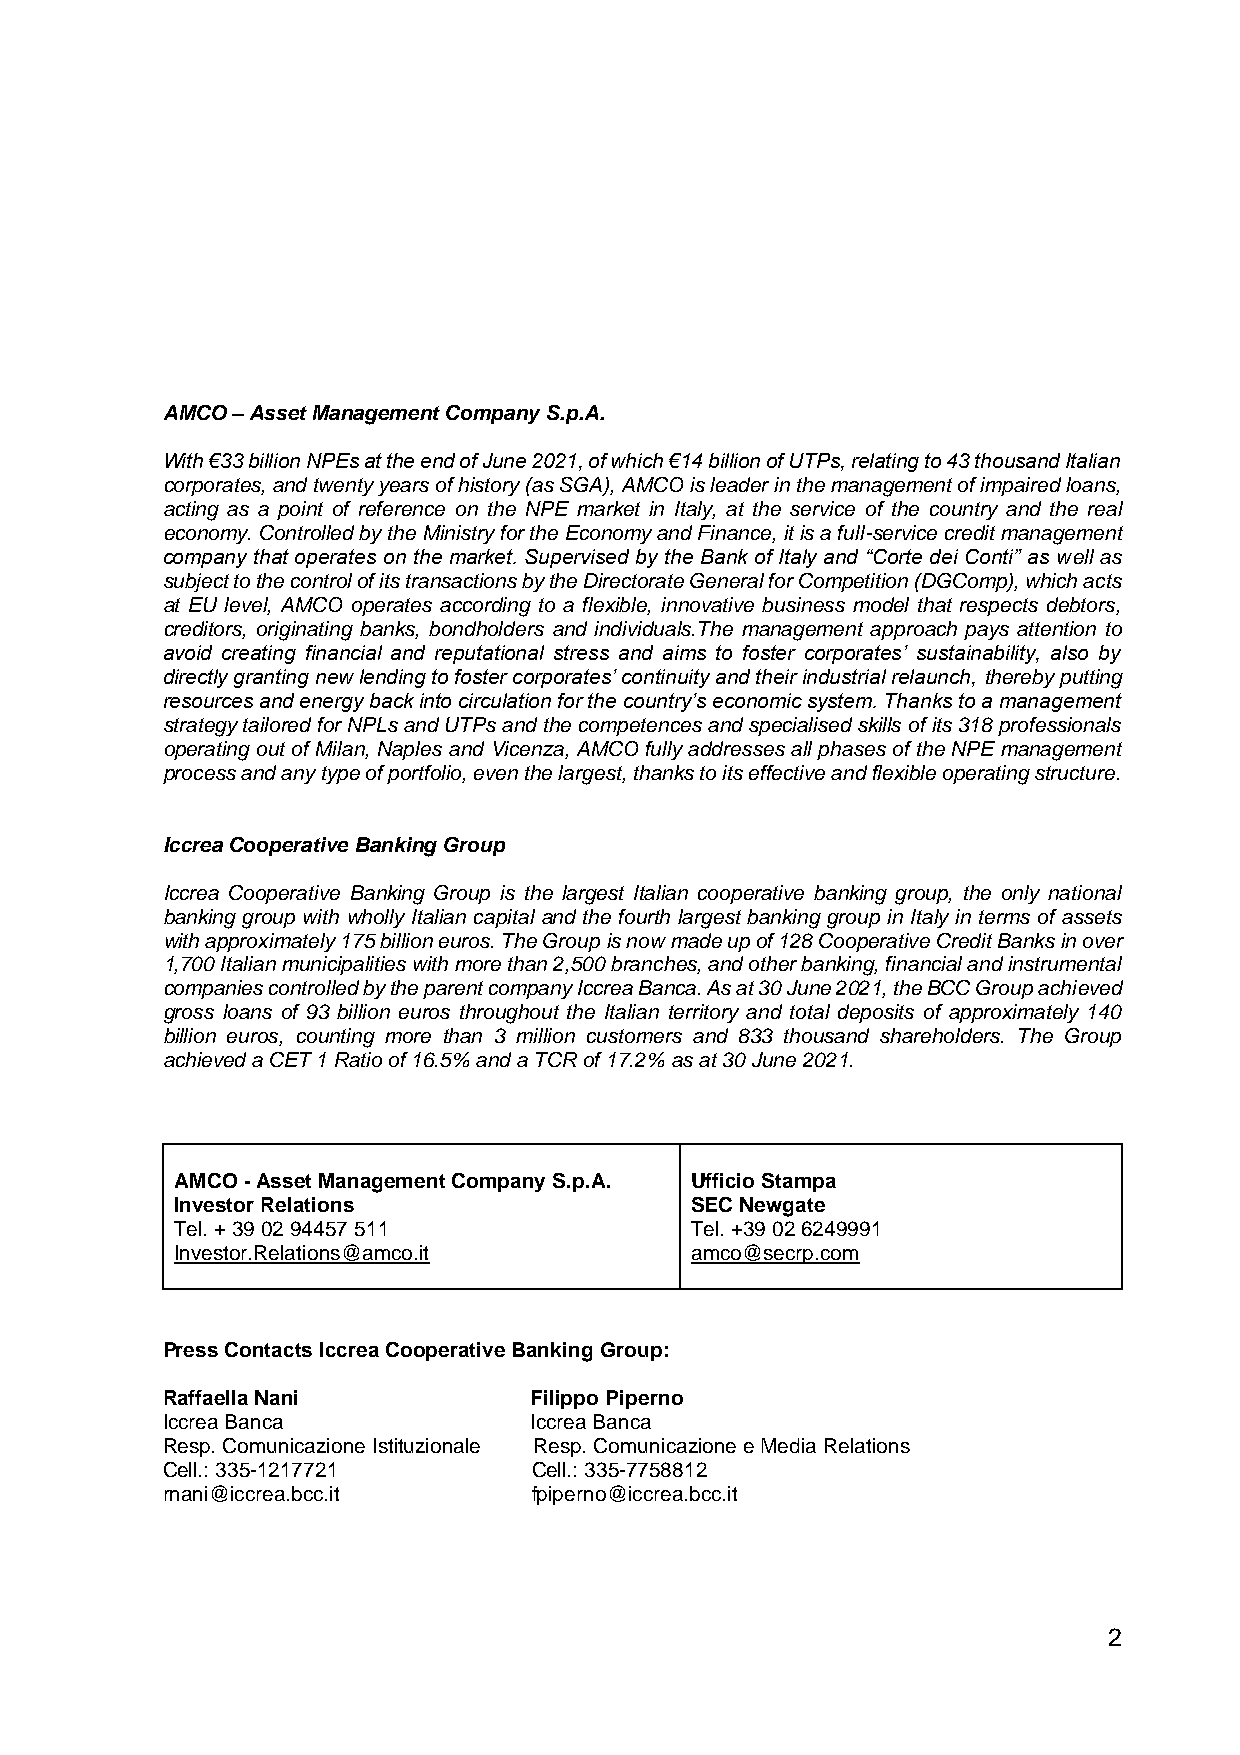
AMCO – Asset Management Company S.p.A.
 With €33 billion NPEs at the end of June 2021, of which €14 billion of UTPs, relating to 43 thousand Italian
 corporates, and twenty years of history (as SGA), AMCO is leader in the management of impaired loans,
 acting as a point of reference on the NPE market in Italy, at the service of the country and the real
 economy. Controlled by the Ministry for the Economy and Finance, it is a full-service credit management
 company that operates on the market. Supervised by the Bank of Italy and “Corte dei Conti” as well as
 subject to the control of its transactions by the Directorate General for Competition (DGComp), which acts
 at EU level, AMCO operates according to a flexible, innovative business model that respects debtors,
 creditors, originating banks, bondholders and individuals.The management approach pays attention to
 avoid creating financial and reputational stress and aims to foster corporates’ sustainability, also by
 directly granting new lending to foster corporates’ continuity and their industrial relaunch, thereby putting
 resources and energy back into circulation for the country’s economic system. Thanks to a management
 strategy tailored for NPLs and UTPs and the competences and specialised skills of its 318 professionals
 operating out of Milan, Naples and Vicenza, AMCO fully addresses all phases of the NPE management
 process and any type of portfolio, even the largest, thanks to its effective and flexible operating structure.
 Iccrea Cooperative Banking Group
 Iccrea Cooperative Banking Group is the largest Italian cooperative banking group, the only national
 banking group with wholly Italian capital and the fourth largest banking group in Italy in terms of assets
 with approximately 175 billion euros. The Group is now made up of 128 Cooperative Credit Banks in over
 1,700 Italian municipalities with more than 2,500 branches, and other banking, financial and instrumental
 companies controlled by the parent company Iccrea Banca. As at 30 June 2021, the BCC Group achieved
 gross loans of 93 billion euros throughout the Italian territory and total deposits of approximately 140
 billion euros, counting more than 3 million customers and 833 thousand shareholders. The Group
 achieved a CET 1 Ratio of 16.5% and a TCR of 17.2% as at 30 June 2021.
 AMCO - Asset Management Company S.p.A. Ufficio Stampa
 Investor Relations                SEC Newgate
 Tel. + 39 02 94457 511            Tel. +39 02 6249991
 Investor.Relations@amco.it        amco@secrp.com
 Press Contacts Iccrea Cooperative Banking Group:
 Raffaella Nani          Filippo Piperno
 Iccrea Banca            Iccrea Banca
 Resp. Comunicazione Istituzionale Resp. Comunicazione e Media Relations
 Cell.: 335-1217721      Cell.: 335-7758812
 rnani@iccrea.bcc.it     fpiperno@iccrea.bcc.it
 2